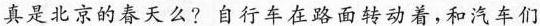
真是北京的春天么？自行车在路面转动着，和汽车们